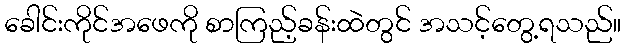
ခေါင်းကိုင်အဖေကို စာကြည့်ခန်းထဲတွင် အသင့်တွေ့ရသည်။